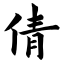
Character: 倩